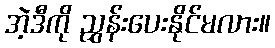
အဲ့ဒီကို ညွှန်းပေးနိုင်မလား။